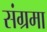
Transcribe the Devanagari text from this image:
संग्रमा